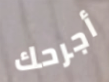
أجرحك